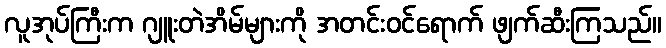
လူအုပ်ကြီးက ဂျူးတဲအိမ်များကို အတင်းဝင်ရောက် ဖျက်ဆီးကြသည်။